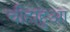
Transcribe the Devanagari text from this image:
चीहाहुआ